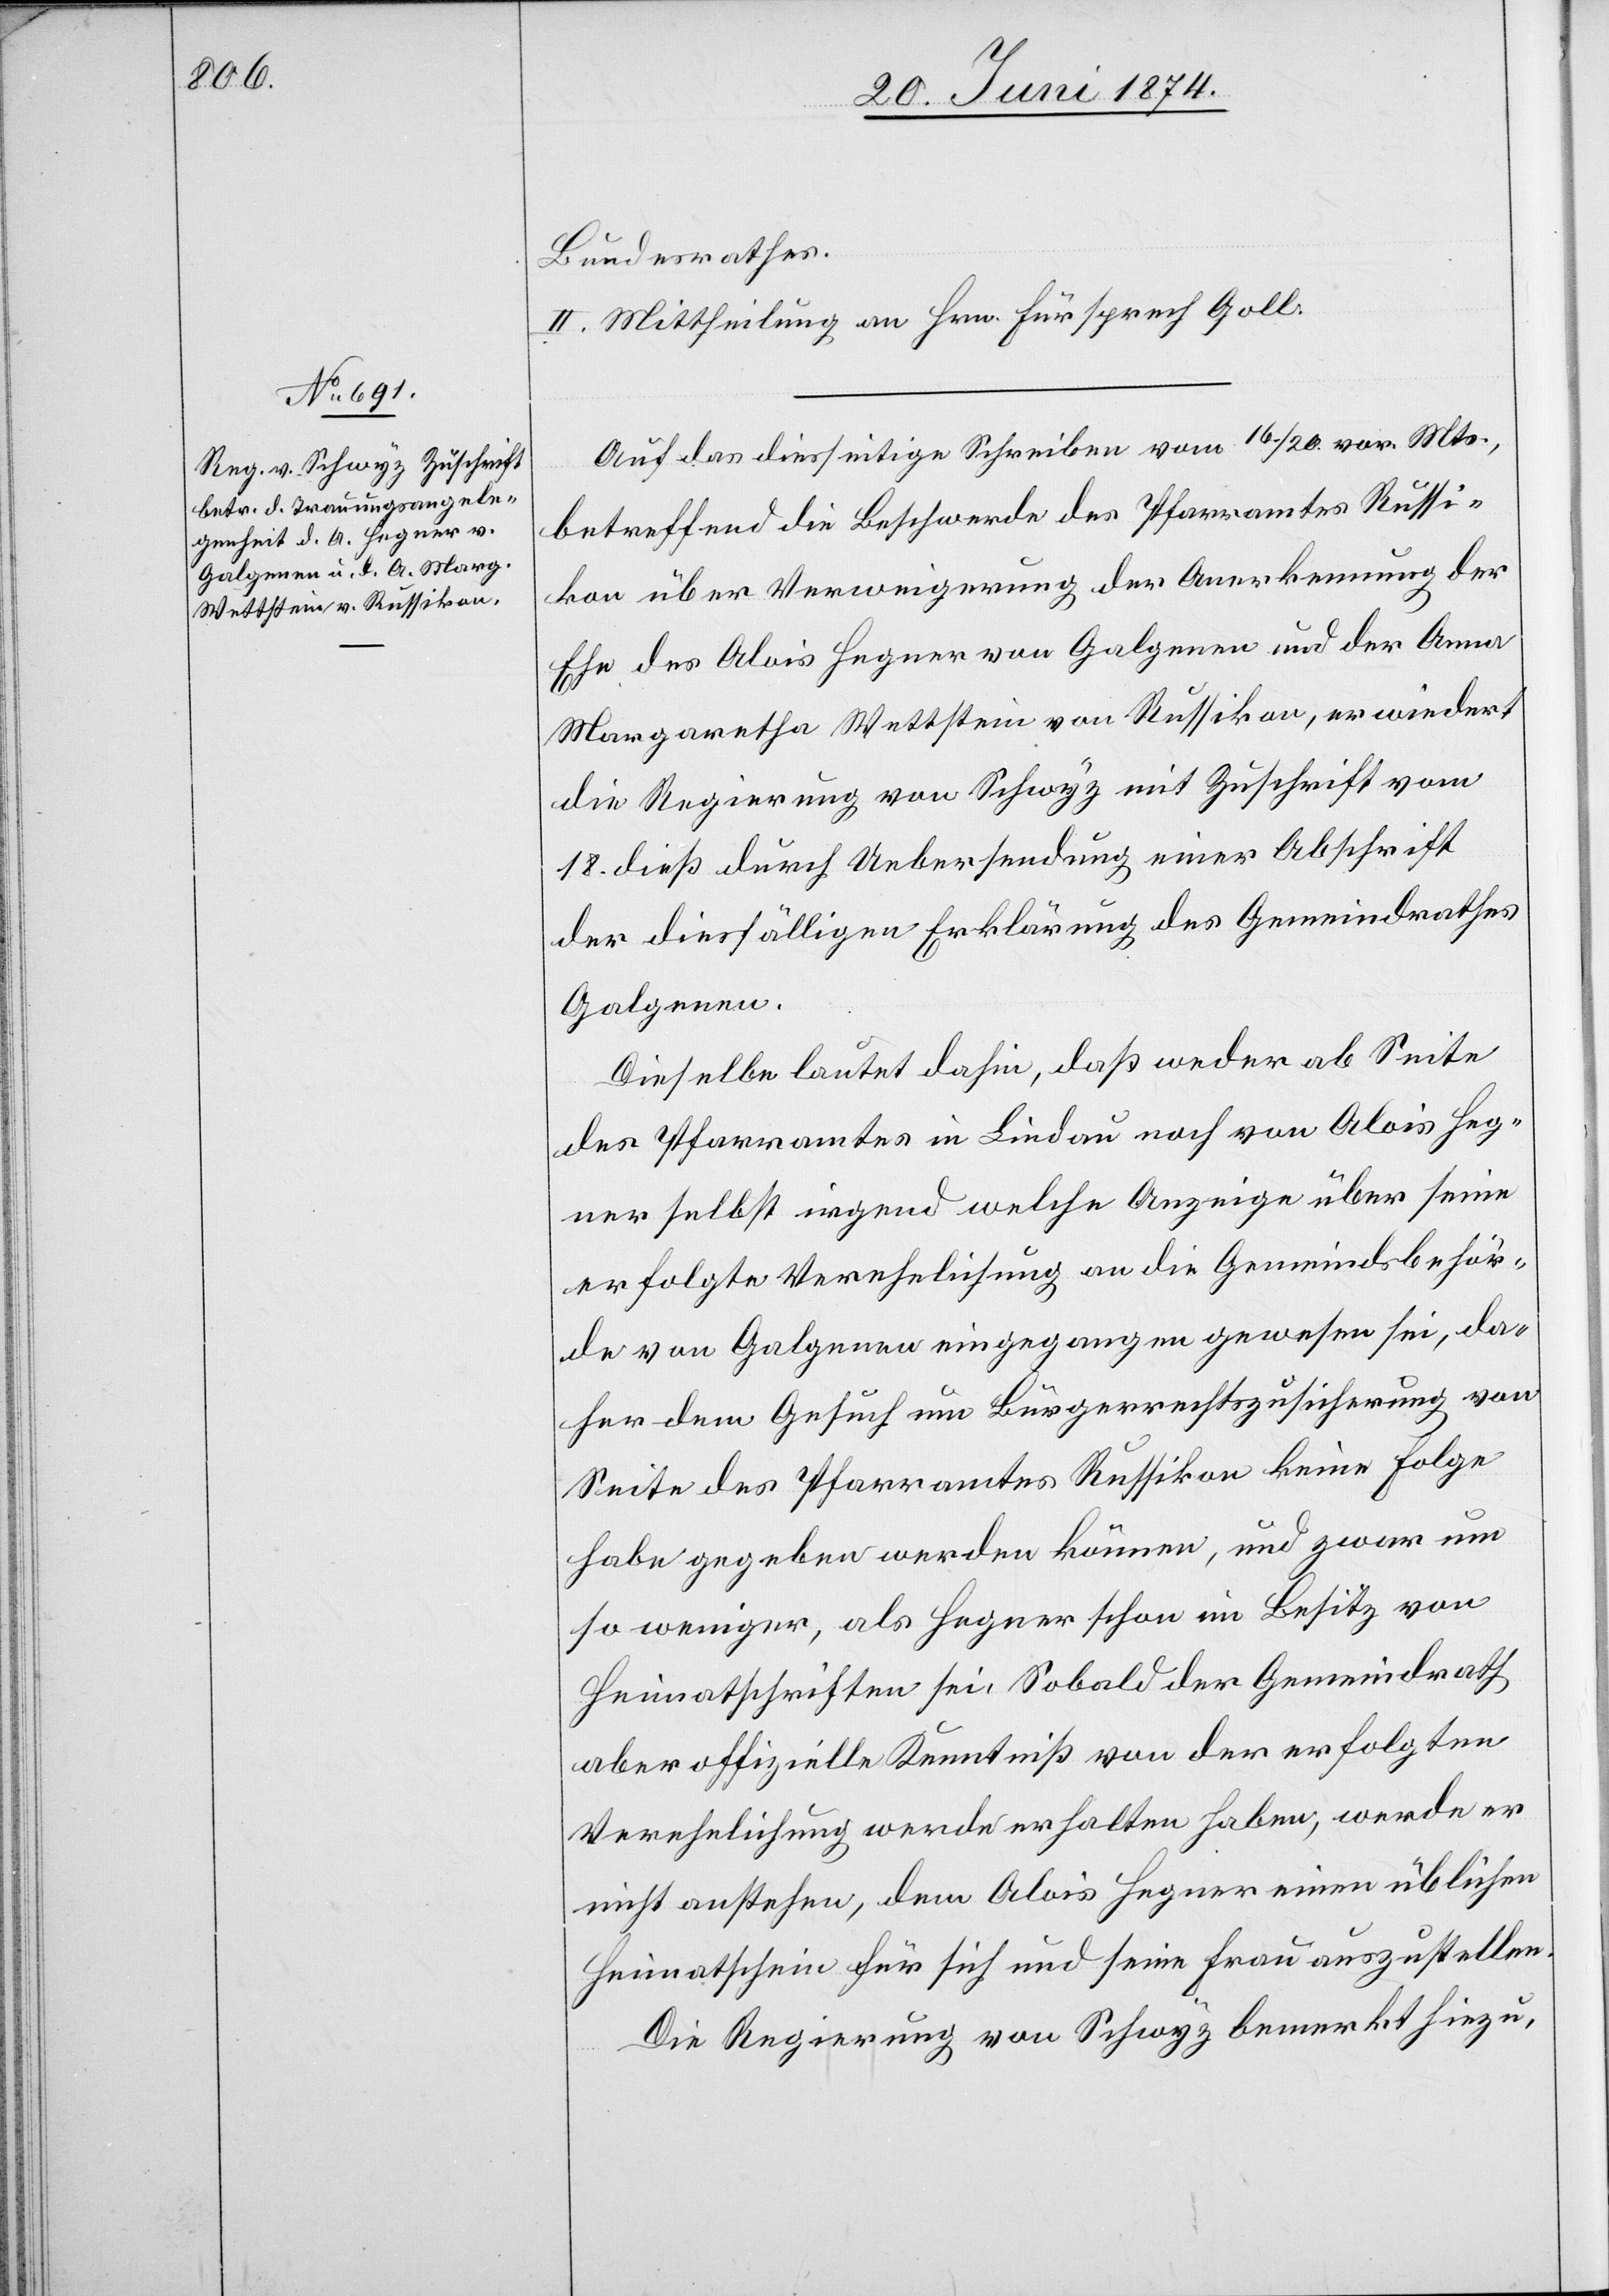
25. Juni 1874.]
Bundesrathes.
III.] Mittheilung an Hrn. Fürsprech Goll.
Auf das diesseitige Schreiben vom 16./20. vor. Mts.,
betreffend die Beschwerde des Pfarramtes Russi¬
kon über Verweigerung der Anerkennung der
Ehe des Alois Hegner von Galgenen und der Anna
Margaretha Wettstein von Russikon, erwiedert
die Regierung von Schwyz mit Zuschrift vom
18. dieß durch Uebersendung einer Abschrift
der diesfälligen Erklärung des Gemeindrathes
Galgenen.
Dieselbe lautet dahin, daß weder ab Seite
des Pfarramtes in Lindau noch von Alois Hegner
selbst irgend welche Anzeige über seine
erfolgte Verehelichung an die Gemeindsbehör¬
de von Galgenen eingegangen gewesen sei, da¬
her dem Gesuch um Bürgerrechtszusicherung von
Seite des Pfarramtes Russikon keine Folge
habe gegeben werden können, und zwar um
so weniger, als Hegner schon im Besitz von
Heimatschriften sei. Sobald der Gemeindrath
aber offizielle Kenntniß von der erfolgten
Verehelichung werde erhalten haben, werde er
nicht anstehen, dem Alois Hegner einen üblichen
Heimatschein für sich und seine Frau auszustellen.
Die Regierung von Schwyz bemerkt hiezu,